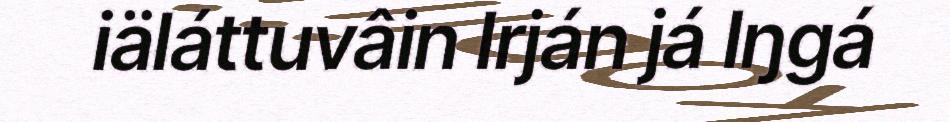
iäláttuvâin Irján já Iŋgá